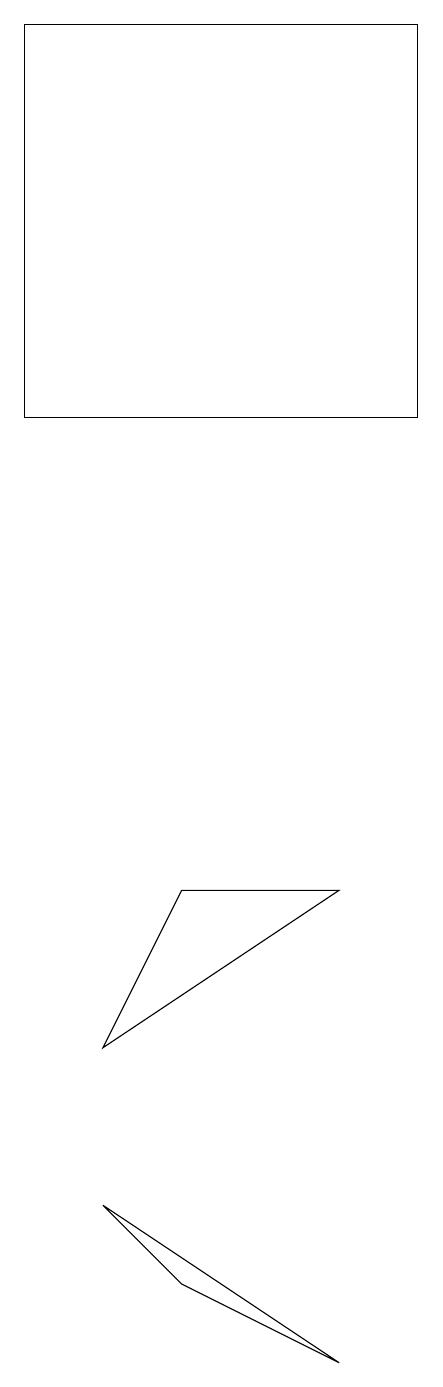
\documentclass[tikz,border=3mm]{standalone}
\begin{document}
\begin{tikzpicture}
\draw (2,12) rectangle (7,17);
\draw (6,0) -- (3,2) -- (4,1) -- cycle;
\draw (4,6) -- (6,6) -- (3,4) -- cycle;
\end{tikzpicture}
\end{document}